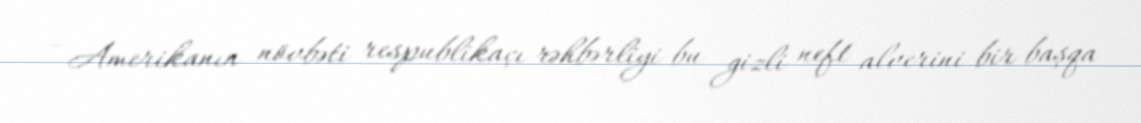
- Amerikanın növbəti respublikaçı rəhbərliyi bu gizli neft alverini bir başqa